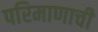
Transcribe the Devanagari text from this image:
परिमाणाची